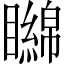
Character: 矊